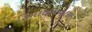
હિમાલયવાસ